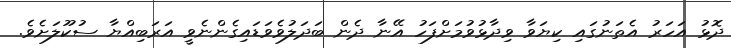
ދޮޅު އަހަރު އެތަނުގައި ކިޔަވާ ވިދާޅުވުމަށްފަހު އޭނާ ދެން ބަދަލުވެވަޑައިގެންނެވީ އަރަބިއްޔާ ސުކޫލަށެވެ.